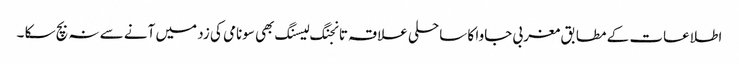
اطلاعات کے مطابق مغربی جاوا کا ساحلی علاقہ تانجنگ لیسنگ بھی سونامی کی زد میں آنے سے نہ بچ سکا ۔